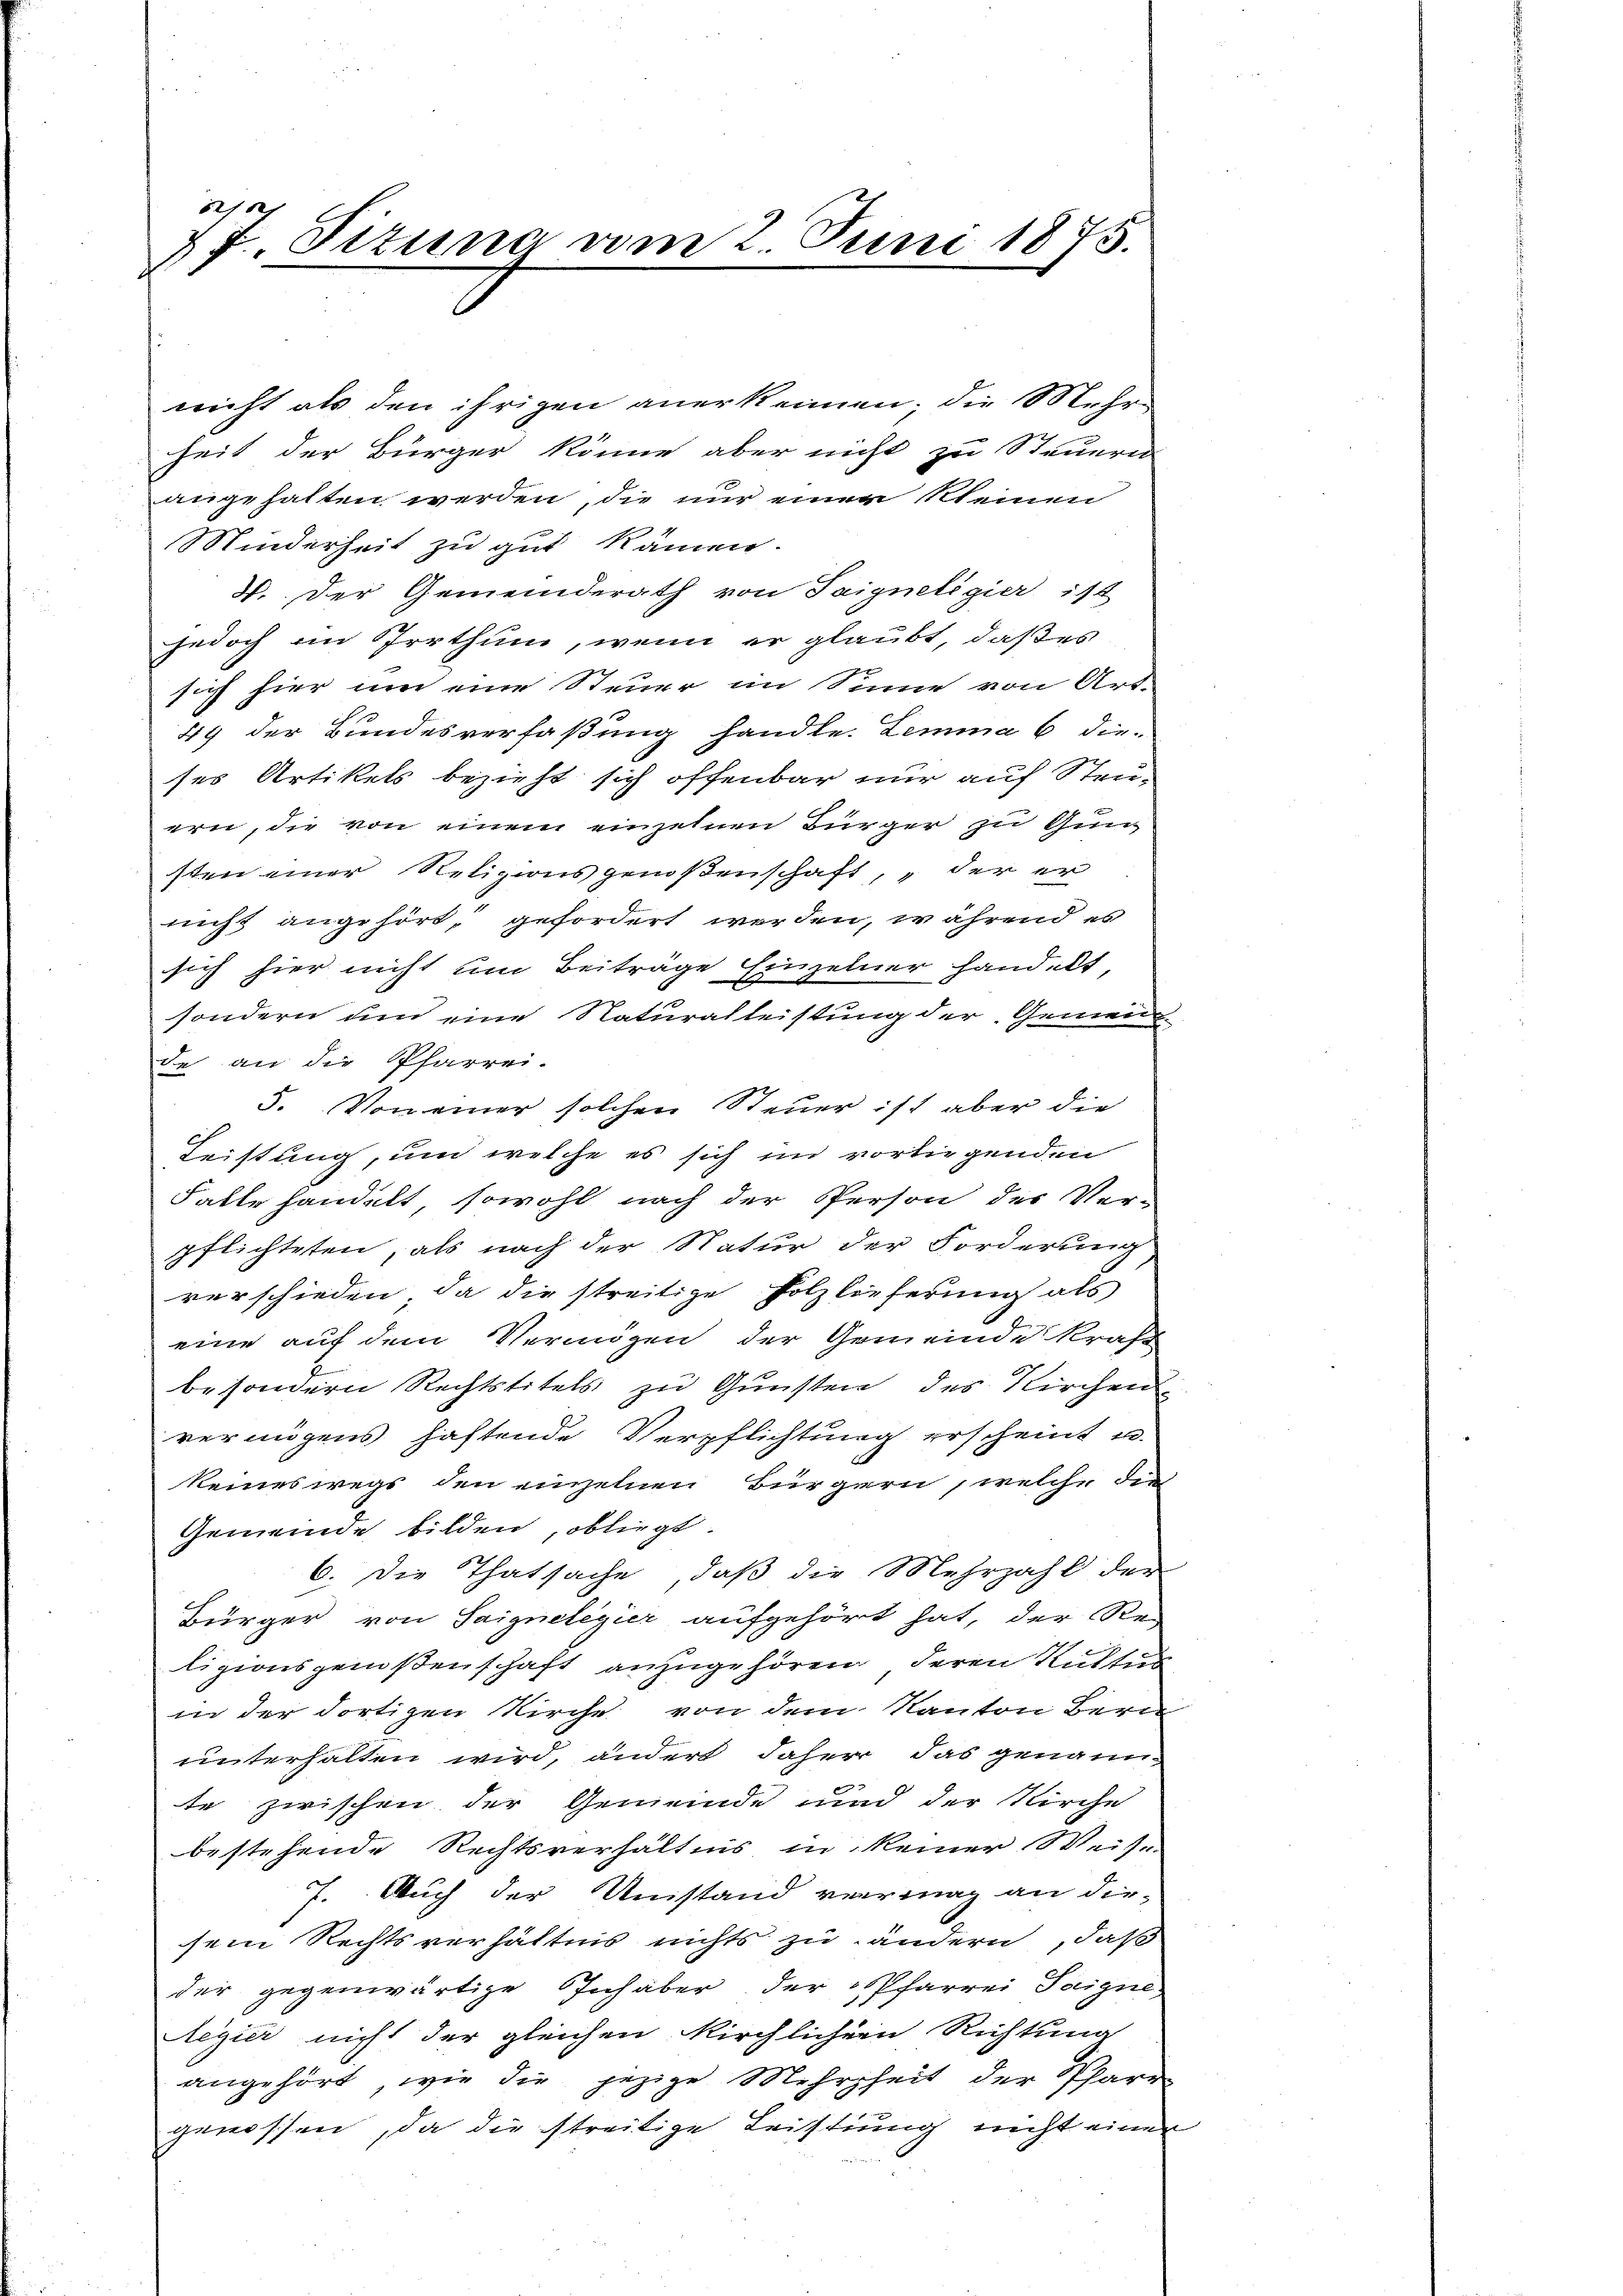
f
4 J. Fizuna am 2. Juni 1875.

nicht als den ihrigen anerkennen; die Mehr-
heit der Bürger könne aber nicht zu Steuern
angehalten werden, die nur einer kleinen
Minderheit zu gut kämen.
H. Der Gemeinderath von Saigneligier ist
jedoch im Irrthum, wenn er glaubt, daß es
sich hier um eine Steuer im Sinne von Art.
49 der Bundesverfaßung handle. Lemma 6 die-
ses Artikels bezieht sich offenbar nur auf Steuern, die von einem einzelnen Bürger zu Gun-
sten einer Religionsgenoßenschaft, „der er
nicht angehört, gefordert werden, während es
sich hier nicht um Beiträge Einzelner handelt,
sondern um eine Naturalleistung der Gemeind-
de an die Pfarrei-
5. Von einer solchen Steuer ist aber die
Leistung, und welche es sich im vorliegenden
Falle handelt, sowohl nach der Person des Ver-
pflichteten, als nach der Natur der Forderung
verschieden, da die streitige Holzlieferung als
eine auf dem Vermögen der Gemeinde Kraft
besondern Rechtstitels zu Gunsten des Kirchen
vermögens haftende Verpflichtung erscheint u.
keineswegs den einzelnen Bürgern, welche die
Gemeinde bilden, obliegt.
6. Die Thatsache, daß die Mehrzahl der
Bürger von Saigneligier aufgehört hat, der Re-
lizionsgenoßenschaft anzugehören, deren Kultus
in der dortigen Kirche von dem Kanton Bern
uinterhalten wird, ändert daher das genann-
te zwischen der Gemeinde und der Kirche
bestehende Rechtsverhältnis in keiner Weise
7. Auch der Umstand verrenag an die-
sein Rechtsverhältnis nichts zu ändern, daß
der gegenwärtige Inhaber der Pfarrei Saigne-
Regier nicht der gleichen Kirchlichern Richtung
angehört, wie die jezige Mehrheit der Pfarr
genossen, da die streitige Leistung nicht einer